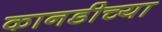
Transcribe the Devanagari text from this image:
कानडीच्या